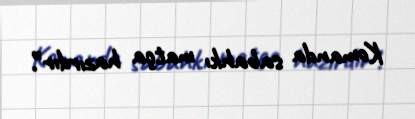
Komanda sabahkı matça hazırdır”.